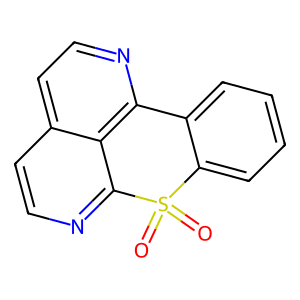
SMILES: O=S1(=O)c2ccccc2-c2nccc3ccnc1c23
Inhibits HIV replication: No